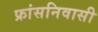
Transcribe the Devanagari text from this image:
फ्रांसनिवासी